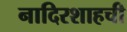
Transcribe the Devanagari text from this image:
नादिरशाहची